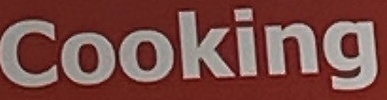
Cooking